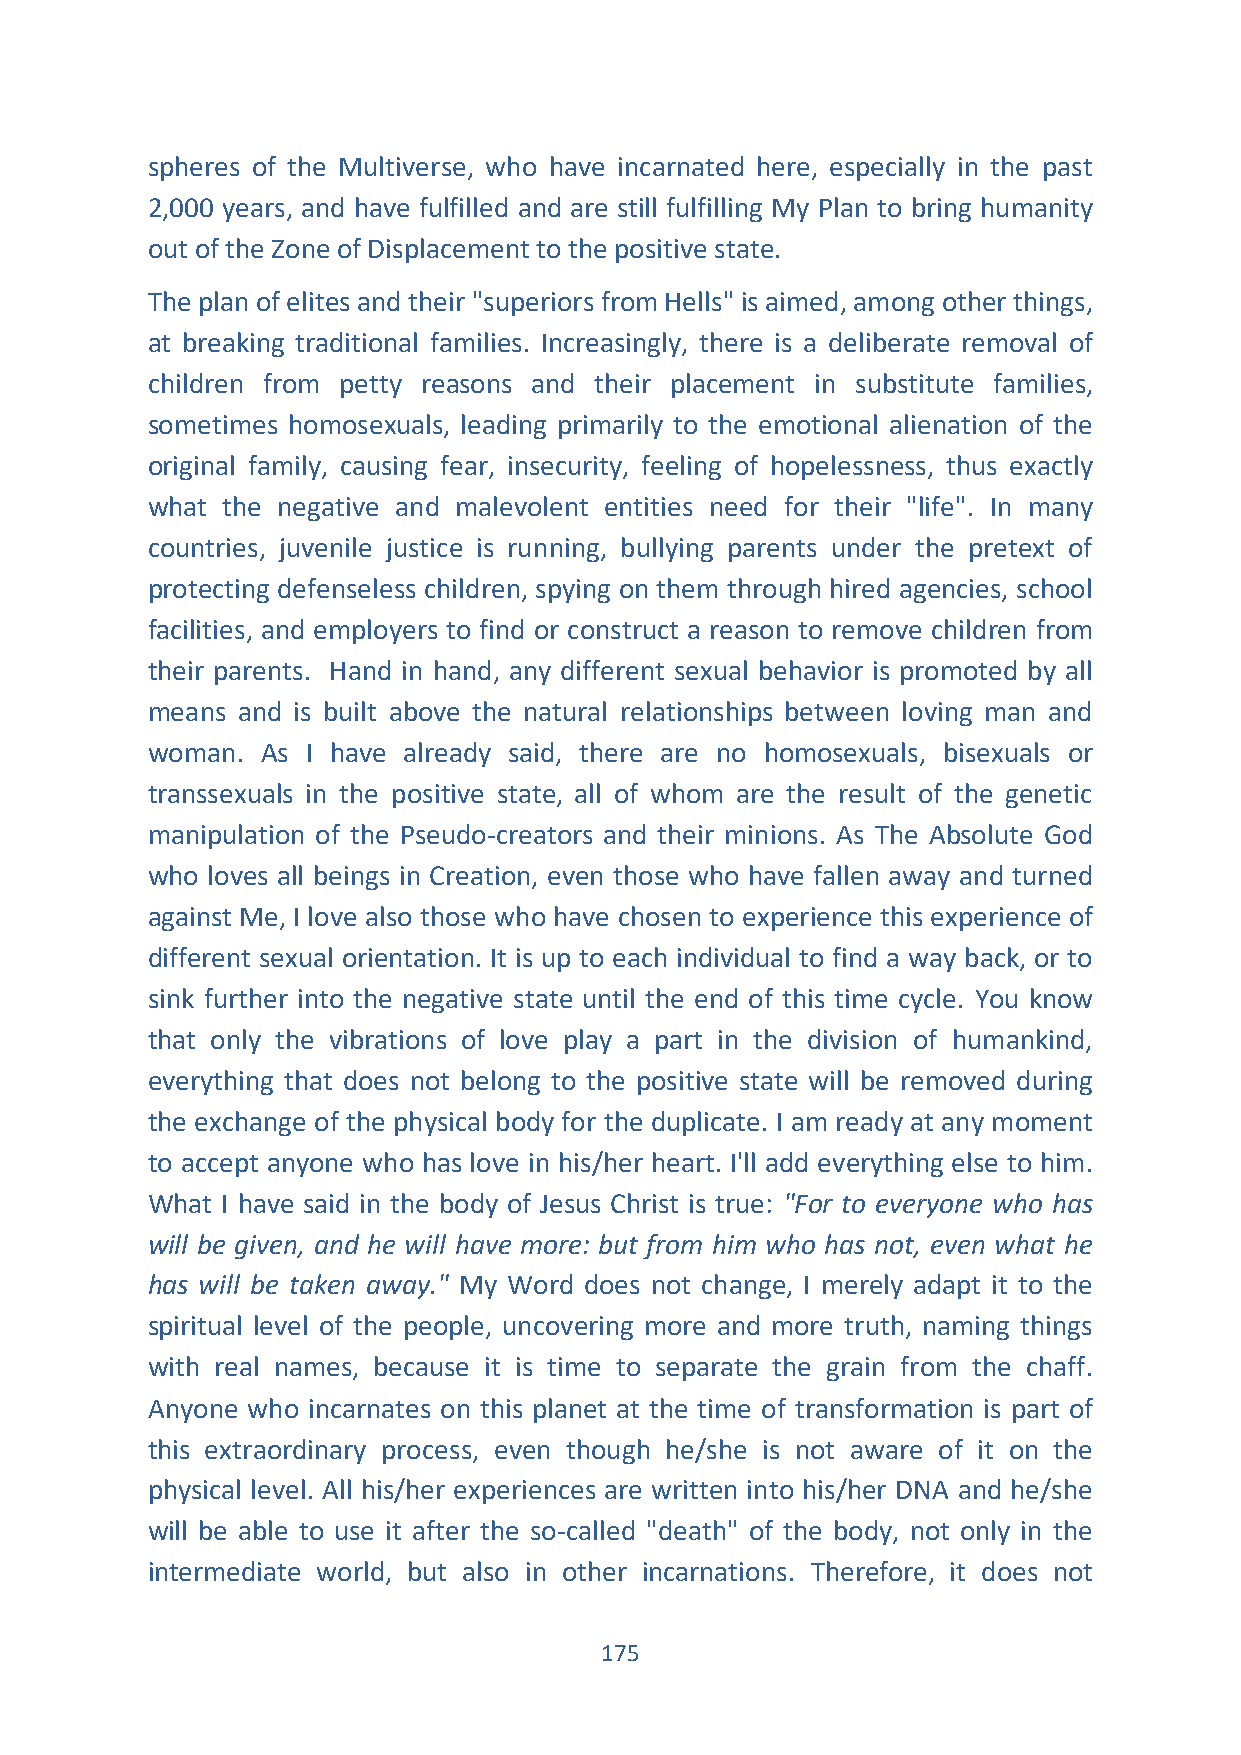
spheres of the Multiverse, who have incarnated here, especially in the past
 2,000 years, and have fulfilled and are still fulfilling My Plan to bring humanity
 out of the Zone of Displacement to the positive state.
 The plan of elites and their "superiors from Hells" is aimed, among other things,
 at breaking traditional families. Increasingly, there is a deliberate removal of
 children from petty reasons and their placement in substitute families,
 sometimes homosexuals, leading primarily to the emotional alienation of the
 original family, causing fear, insecurity, feeling of hopelessness, thus exactly
 what the negative and malevolent entities need for their "life". In many
 countries, juvenile justice is running, bullying parents under the pretext of
 protecting defenseless children, spying on them through hired agencies, school
 facilities, and employers to find or construct a reason to remove children from
 their parents. Hand in hand, any different sexual behavior is promoted by all
 means and is built above the natural relationships between loving man and
 woman. As I have already said, there are no homosexuals, bisexuals or
 transsexuals in the positive state, all of whom are the result of the genetic
 manipulation of the Pseudo-creators and their minions. As The Absolute God
 who loves all beings in Creation, even those who have fallen away and turned
 against Me, I love also those who have chosen to experience this experience of
 different sexual orientation. It is up to each individual to find a way back, or to
 sink further into the negative state until the end of this time cycle. You know
 that only the vibrations of love play a part in the division of humankind,
 everything that does not belong to the positive state will be removed during
 the exchange of the physical body for the duplicate. I am ready at any moment
 to accept anyone who has love in his/her heart. I'll add everything else to him.
 What I have said in the body of Jesus Christ is true: "For to everyone who has
 will be given, and he will have more: but from him who has not, even what he
 has will be taken away." My Word does not change, I merely adapt it to the
 spiritual level of the people, uncovering more and more truth, naming things
 with real names, because it is time to separate the grain from the chaff.
 Anyone who incarnates on this planet at the time of transformation is part of
 this extraordinary process, even though he/she is not aware of it on the
 physical level. All his/her experiences are written into his/her DNA and he/she
 will be able to use it after the so-called "death" of the body, not only in the
 intermediate world, but also in other incarnations. Therefore, it does not
 175